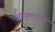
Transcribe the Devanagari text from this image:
संस्कृतहीन